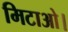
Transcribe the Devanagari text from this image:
मिटाओ।